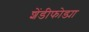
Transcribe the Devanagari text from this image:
शेंडीफोड्या